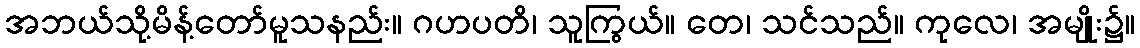
အဘယ်သို့မိန့်တော်မူသနည်း။ ဂဟပတိ၊ သူကြွယ်။ တေ၊ သင်သည်။ ကုလေ၊ အမျိုး၌။